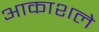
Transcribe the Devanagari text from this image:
आकाशले